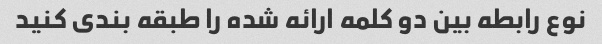
نوع رابطه بین دو کلمه ارائه شده را طبقه بندی کنید